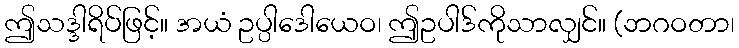
ဤသဒ္ဒါရိပ်ဖြင့်။ အယံ ဥပ္ပါဒေါယေဝ၊ ဤဥပါဒ်ကိုသာလျှင်။ (ဘဂဝတာ၊